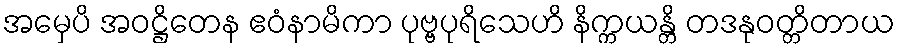
အမှေပိ အဝဋ္ဌိတေန ဧဝံနာမိကာ ပုဗ္ဗပုရိသေဟိ နိက္ကယန္တိ တဒနုဝတ္တိတာယ